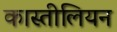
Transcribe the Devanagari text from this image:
कास्तीलियन